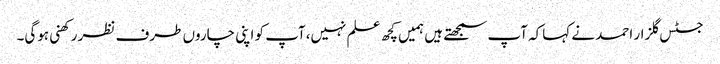
جسٹس گلزار احمد نے کہاکہ آپ سمجھتے ہیں ہمیں کچھ علم نہیں،آپ کو اپنی چاروں طرف نظر رکھنی ہوگی۔